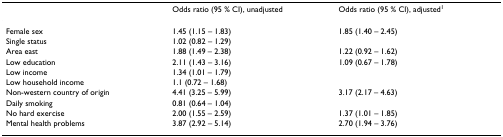
|  | Odds ratio (95 % CI), unadjusted | Odds ratio (95 % CI), adjusted1 |
 | --- | --- | --- |
 | Female sex | 1.45 (1.15 – 1.83) | 1.85 (1.40 – 2.45) |
 | Single status | 1.02 (0.82 – 1.29) |  |
 | Area east | 1.88 (1.49 – 2.38) | 1.22 (0.92 – 1.62) |
 | Low education | 2.11 (1.43 – 3.16) | 1.09 (0.67 – 1.78) |
 | Low income | 1.34 (1.01 – 1.79) |  |
 | Low household income | 1.1 (0.72 – 1.68) |  |
 | Non-western country of origin | 4.41 (3.25 – 5.99) | 3.17 (2.17 – 4.63) |
 | Daily smoking | 0.81 (0.64 – 1.04) |  |
 | No hard exercise | 2.00 (1.55 – 2.59) | 1.37 (1.01 – 1.85) |
 | Mental health problems | 3.87 (2.92 – 5.14) | 2.70 (1.94 – 3.76) |